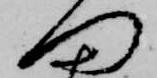
門